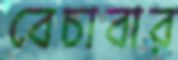
বেচাবার